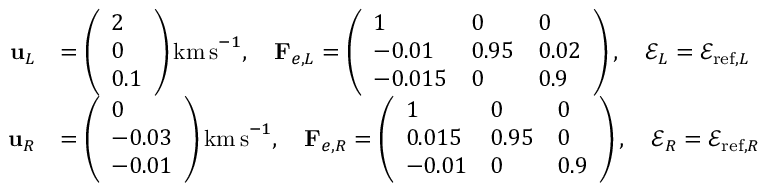
\begin{array} { r l } { \mathbf { u } _ { L } } & { = \left( \begin{array} { l } { 2 } \\ { 0 } \\ { 0 . 1 } \end{array} \right) \mathrm { k m \, s } ^ { - 1 } , \quad \mathbf { F } _ { e , L } = \left( \begin{array} { l l l } { 1 } & { 0 } & { 0 } \\ { - 0 . 0 1 } & { 0 . 9 5 } & { 0 . 0 2 } \\ { - 0 . 0 1 5 } & { 0 } & { 0 . 9 } \end{array} \right) , \quad \mathscr { E } _ { L } = \mathscr { E } _ { \mathrm { r e f } , L } } \\ { \mathbf { u } _ { R } } & { = \left( \begin{array} { l } { 0 } \\ { - 0 . 0 3 } \\ { - 0 . 0 1 } \end{array} \right) \mathrm { k m \, s } ^ { - 1 } , \quad \mathbf { F } _ { e , R } = \left( \begin{array} { l l l } { 1 } & { 0 } & { 0 } \\ { 0 . 0 1 5 } & { 0 . 9 5 } & { 0 } \\ { - 0 . 0 1 } & { 0 } & { 0 . 9 } \end{array} \right) , \quad \mathscr { E } _ { R } = \mathscr { E } _ { \mathrm { r e f } , R } } \end{array}